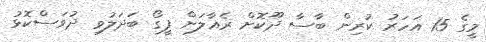
މީގެ 15 އަހަރު ކުރިން ބާސާ ދޫކޮށް ރެއާލަށް ފީގޯ ބަދަލުވި ދުވަސްކޮޅު